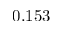
0 . 1 5 3